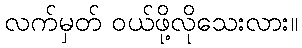
လက်မှတ် ဝယ်ဖို့လိုသေးလား။